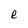
Character: e